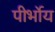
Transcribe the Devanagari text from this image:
पीर्भोय